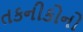
તકનીકોનો